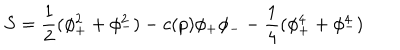
S = { \frac { 1 } { 2 } } ( \phi _ { + } ^ { 2 } + \phi _ { - } ^ { 2 } ) - c ( p ) \phi _ { + } \phi _ { - } - { \frac { 1 } { 4 } } ( \phi _ { + } ^ { 4 } + \phi _ { - } ^ { 4 } )